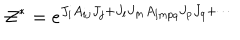
LaTeX: { \cal Z } ^ { * } = e ^ { J _ { i } A _ { i j } J _ { j } + J _ { l } J _ { m } A _ { l m p q } J _ { p } J _ { q } + \cdots }